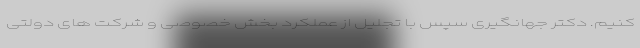
کنیم. دکتر جهانگیری سپس با تجلیل از عملکرد بخش خصوصی و شرکت های دولتی